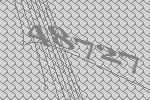
48727